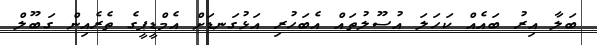
ބަލާ އިރު ބައެއް ކަހަލަ އުސޫލުތައް އެބަހުރި އަޅުގަނޑަށް އެމްޑީޕީގެ ތެރެއިން ގަބޫލް